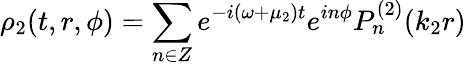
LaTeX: \rho_{2}(t,r,\phi)=\sum_{n\in Z}e^{-i(\omega+\mu_{2})t}e^{in\phi}P_{n}^{(2)}(k_{2}r)